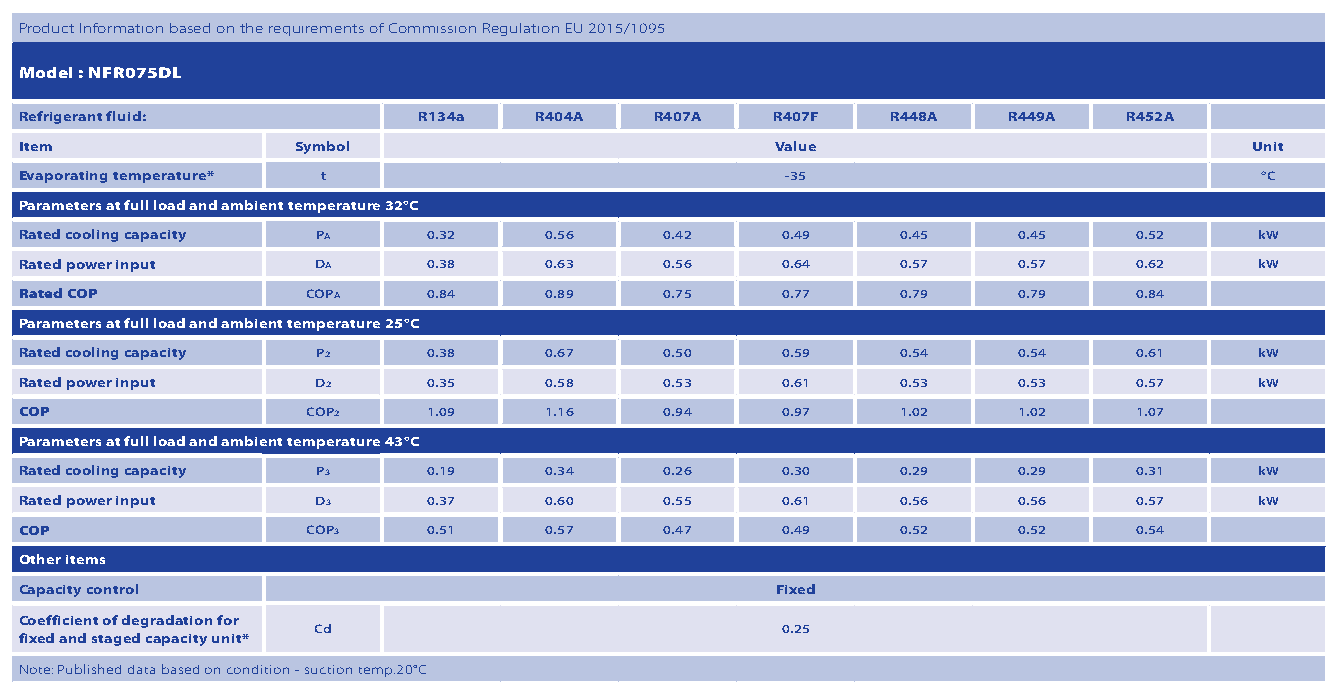
Product Information based on the requirements of Commission Regulation EU 2015/1095
 Model : NFR075DL
 Refrigerant fluid:         R134a  R404A   R407A   R407F   R448A   R449A   R452A
 Item               Symbol                         Value                           Unit
 Evaporating temperature* t                         -35                            °C
 Parameters at full load and ambient temperature 32°C
 Rated cooling capacity PA  0.32    0.56    0.42    0.49    0.45   0.45    0.52    kW
 Rated power input   DA     0.38    0.63    0.56    0.64    0.57   0.57    0.62    kW
 Rated COP          COPA    0.84    0.89    0.75    0.77    0.79   0.79    0.84
 Parameters at full load and ambient temperature 25°C
 Rated cooling capacity P2  0.38    0.67    0.50    0.59    0.54   0.54    0.61    kW
 Rated power input   D2     0.35    0.58    0.53    0.61    0.53   0.53    0.57    kW
 COP                COP2    1.09    1.16    0.94    0.97    1.02   1.02    1.07
 Parameters at full load and ambient temperature 43°C
 Rated cooling capacity P3  0.19    0.34    0.26    0.30    0.29   0.29    0.31    kW
 Rated power input   D3     0.37    0.60    0.55    0.61    0.56   0.56    0.57    kW
 COP                COP3    0.51    0.57    0.47    0.49    0.52   0.52    0.54
 Other items
 Capacity control                                  Fixed
 Coefficient of degradation for
 Cd                             0.25
 fixed and staged capacity unit*
 Note: Published data based on condition - suction temp.20°C